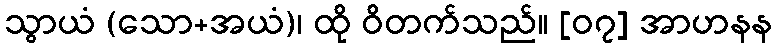
သွာယံ (သော+အယံ)၊ ထို ဝိတက်သည်။ [၀၇] အာဟနန